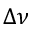
\Delta \nu